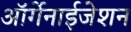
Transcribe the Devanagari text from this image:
ऑर्गेनाईजेशन